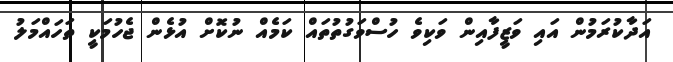
އަދާކުރަމުން އައި ވަޒީފާއިން ވަކިވެ ހުސްވަގުތުތައް ކަމެއް ނުކޮށް އުޅެން ޖެހުމަކީ ތަހައްމަލު